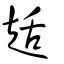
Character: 趏